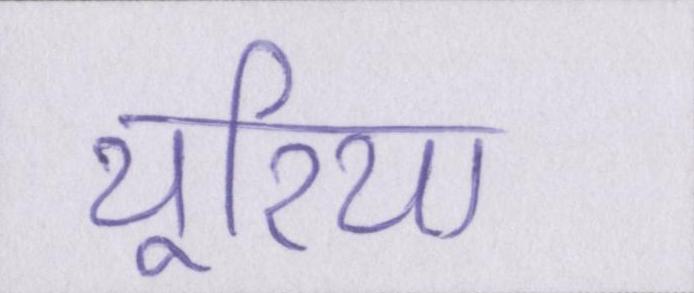
यूरिया